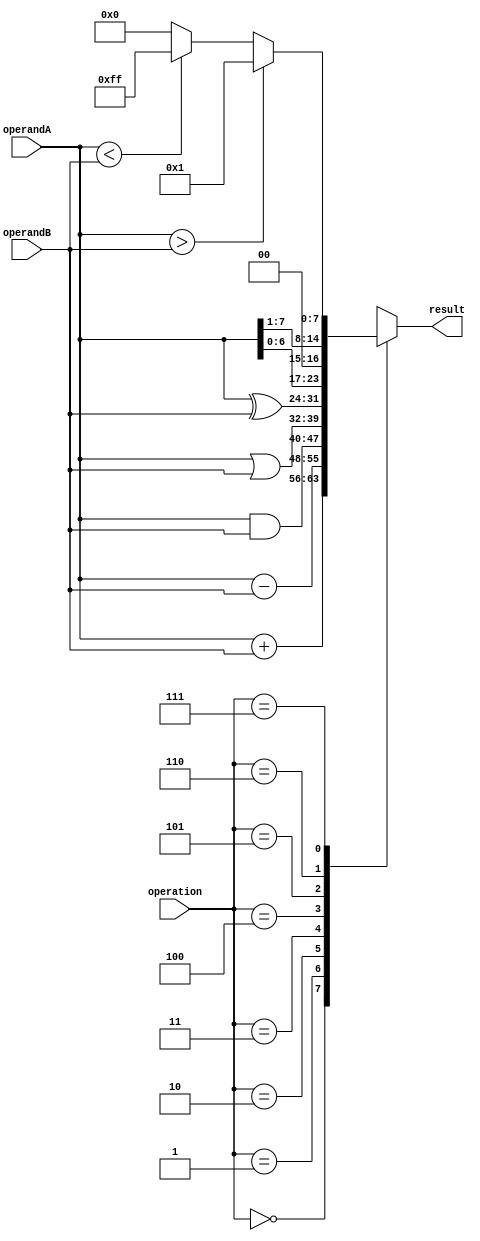
module ALU (
    input wire [7:0] operandA,
    input wire [7:0] operandB,
    input wire [2:0] operation,
    output reg [7:0] result
);

always @ (operandA or operandB or operation) begin
    case(operation)
        3'b000: result = operandA + operandB;  // Addition
        3'b001: result = operandA - operandB;  // Subtraction
        3'b010: result = operandA & operandB;  // Bitwise AND
        3'b011: result = operandA | operandB;  // Bitwise OR
        3'b100: result = operandA ^ operandB;  // Bitwise XOR
        3'b101: result = operandA << 1;        // Left shift
        3'b110: result = operandA >> 1;        // Right shift
        3'b111: begin                         // Comparison
            if(operandA > operandB)
                result = 8'b00000001;
            else if(operandA < operandB)
                result = 8'b11111111;
            else
                result = 8'b00000000;
        end
    endcase
end

endmodule